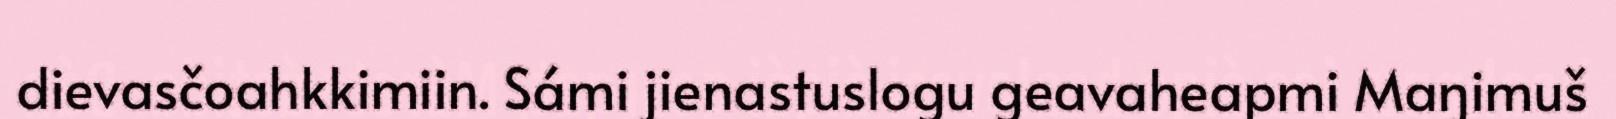
dievasčoahkkimiin. Sámi jienastuslogu geavaheapmi Maŋimuš